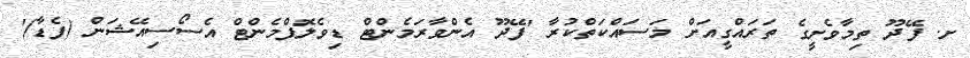
ށ. ފޭދޫ ތިމާވެށީގެ ތަރައްގީއަށް މަސައްކަތްކުރާ 'ފޭދޫ އެންވާރަމެންޓް ޑިވެލޮޕްމެންޓް އެސޯސިއޭޝަން (ފެޑާ)'